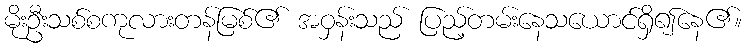
မိုးဦးသစ်စကုလားတန်မြစ်၏ အဝှန်းသည် ပြည့်တမ်းနေသယောင်ရှိ၍နေ၏။